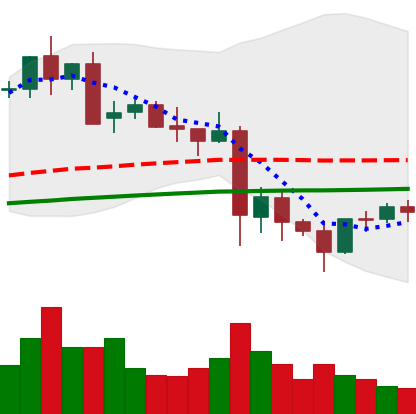
Ticker: LTC-USD
Chart end date: 2021-05-27
Forward return: -5.251%
Label: down_5_7